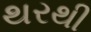
થરથી